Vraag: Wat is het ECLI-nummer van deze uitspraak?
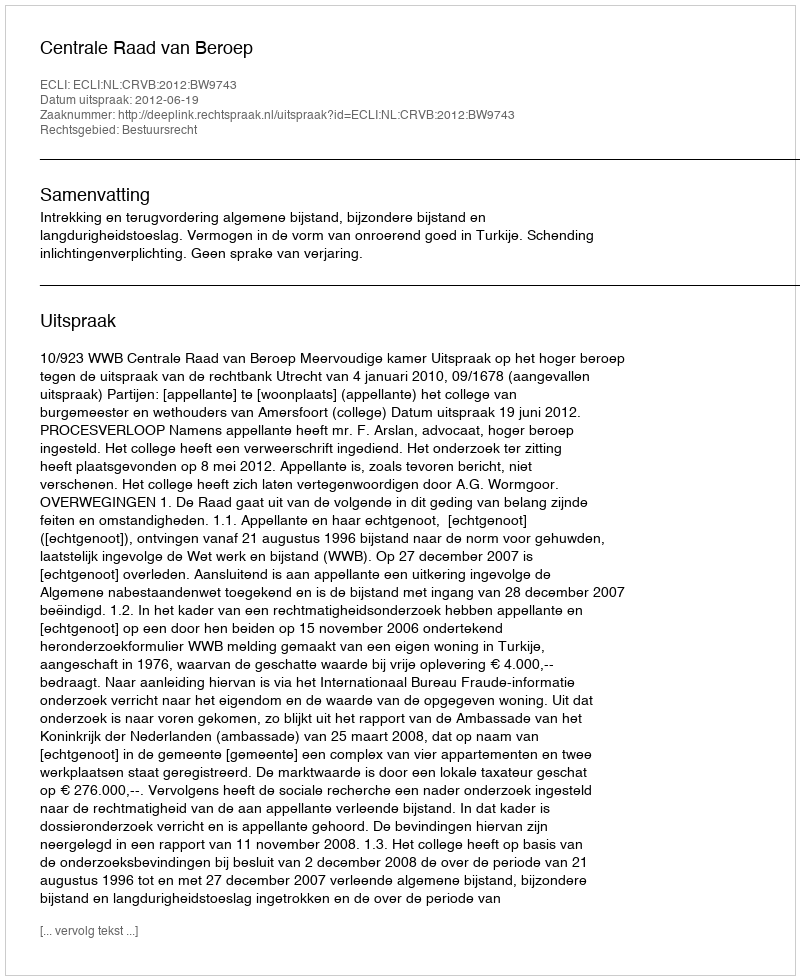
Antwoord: ECLI:NL:CRVB:2012:BW9743